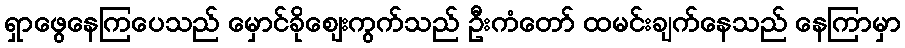
ရှာဖွေနေကြပေသည် မှောင်ခိုဈေးကွက်သည် ဦးကံတော် ထမင်းချက်နေသည် နေကြာမှာ